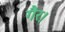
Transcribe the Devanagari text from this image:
गैर।